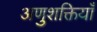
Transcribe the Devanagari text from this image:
अणुशक्तियाँ